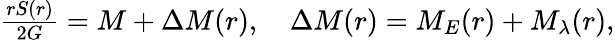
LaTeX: \begin{array}{r}{\frac{rS(r)}{2G}=M+\Delta M(r),\quad\Delta M(r)=M_{E}(r)+M_{\lambda}(r),}\end{array}